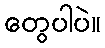
တွေပါပဲ။